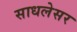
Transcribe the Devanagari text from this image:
साधलेसर